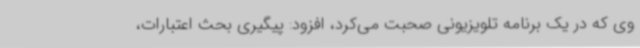
وی که در یک برنامه تلویزیونی صحبت می‌کرد، افزود: پیگیری بحث اعتبارات،